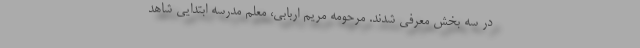
در سه بخش معرفی شدند. مرحومه مریم اربابی، معلم مدرسه ابتدایی شاهد